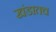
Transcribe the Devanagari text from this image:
खंडातच